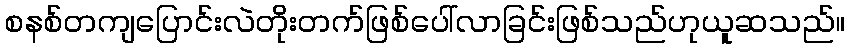
စနစ်တကျပြောင်းလဲတိုးတက်ဖြစ်ပေါ်လာခြင်းဖြစ်သည်ဟုယူဆသည်။